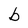
Character: b